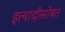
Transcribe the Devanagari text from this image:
इत्यादीसोबत